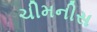
ચીમનીસ